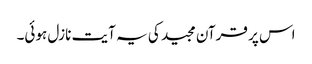
اس پر قرآن مجید کی یہ آیت نازل ہوئی۔